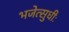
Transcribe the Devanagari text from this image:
भजेत्सुधीः